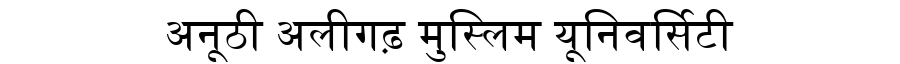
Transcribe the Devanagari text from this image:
अनूठी अलीगढ़ मुस्लिम यूनिवर्सिटी